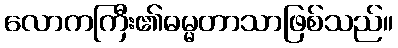
လောကကြီး၏ဓမ္မတာသာဖြစ်သည်။